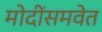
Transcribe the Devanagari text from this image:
मोदींसमवेत